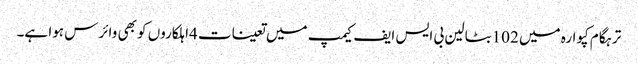
ترہگام کپوارہ میں 102بٹالین بی ایس ایف کیمپ میں تعینات 4اہلکاروں کو بھی وائرس ہوا ہے۔